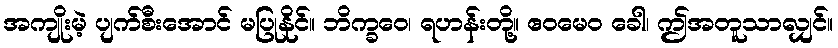
အကျိုးမဲ့ ပျက်စီးအောင် မပြုနိုင်။ ဘိက္ခဝေ၊ ရဟန်းတို့။ ဧဝမေဝ ခေါ၊ ဤအတူသာလျှင်။